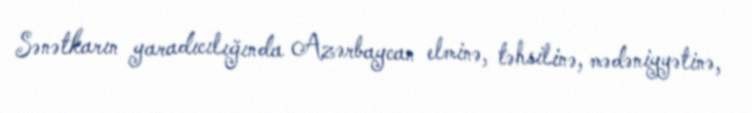
Sənətkarın yaradıcılığında Azərbaycan elminə, təhsilinə, mədəniyyətinə,